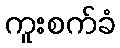
ကူးစက်ခံ